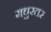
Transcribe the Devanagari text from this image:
मधुरतर